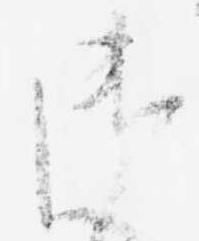
御